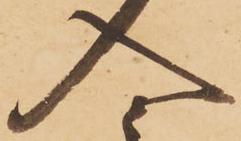
入